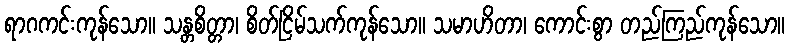
ရာဂကင်းကုန်သော။ သန္တစိတ္တာ၊ စိတ်ငြိမ်သက်ကုန်သော။ သမာဟိတာ၊ ကောင်းစွာ တည်ကြည်ကုန်သော။